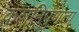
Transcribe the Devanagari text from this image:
कलनिपुणता